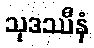
သုဒဿီနံ